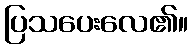
ပြသပေးလေ၏။